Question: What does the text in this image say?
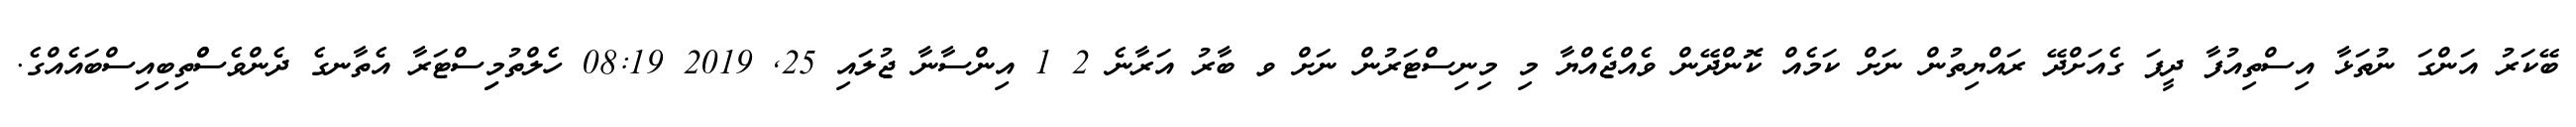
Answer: ބޭކަރު އަންގަ ނުތަޅާ އިސްތިއުފާ ދީފަ ގެއަށްދޭ ރައްޔިތުން ނަށް ކަމެއް ކޮންދޭން ވެއްޖެއްޔާ މި މިނިސްޓަރުން ނަށް ވ ބާރު އަރާނެ 2 1 އިންސާނާ ޖުލައި 25, 2019 08:19 ހެލްތުމިިސްޓަރާ އެތާނގެ ދެންވެސްްތިބިއިސްބައެއްގެ.